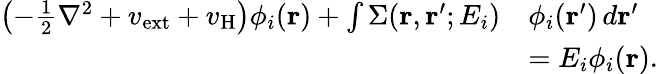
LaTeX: \begin{array}{rl}{\left(-\frac{1}{2}\nabla^{2}+v_{\mathrm{ext}}+v_{\mathrm{H}}\right)\phi_{i}(\mathbf{r})+\int\Sigma(\mathbf{r},\mathbf{r}^{\prime};E_{i})}&{\phi_{i}(\mathbf{r}^{\prime})\, d\mathbf{r}^{\prime}}\\ &{=E_{i}\phi_{i}(\mathbf{r}).}\end{array}